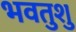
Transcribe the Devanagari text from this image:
भवतुशु